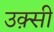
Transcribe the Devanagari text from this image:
उक़्सी